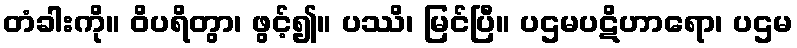
တံခါးကို။ ဝိပရိတွာ၊ ဖွင့်၍။ ပဿိ၊ မြင်ပြီ။ ပဌမပဋိဟာရော၊ ပဌမ